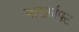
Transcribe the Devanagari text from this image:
वारर्क्राफ्ट